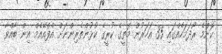
ކޮންމެ ރޯދަމަހެއްގައި 35 އަހަރުން މަތީގެ ކުރީގެ ކުޅުންތެރިންނަށް އެފްއޭއެމް އިން ބާއްވާ